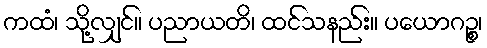
ကထံ၊ သို့လျှင်။ ပညာယတိ၊ ထင်သနည်း။ ပယောဂဉ္စ၊